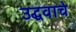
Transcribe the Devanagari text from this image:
उद्धवाचे